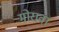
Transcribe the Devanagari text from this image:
मोरावा